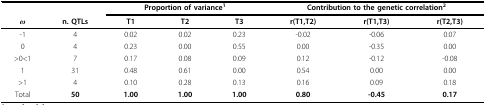
<table><thead><tr><td>[EMPTY_CELL]</td><td>[EMPTY_CELL]</td><td colspan="3"><b>Proportion of variance<sup>1</sup></b></td><td colspan="3"><b>Contribution to the genetic correlation<sup>2</sup></b></td></tr><tr><td><b><i>ω</i></b></td><td><b>n. QTLs</b></td><td><b>T1</b></td><td><b>T2</b></td><td><b>T3</b></td><td><b>r(T1,T2)</b></td><td><b>r(T1,T3)</b></td><td><b>r(T2,T3)</b></td></tr></thead><tbody><tr><td>-1</td><td>4</td><td>0.02</td><td>0.02</td><td>0.23</td><td>-0.02</td><td>-0.06</td><td>0.07</td></tr><tr><td>0</td><td>4</td><td>0.23</td><td>0.00</td><td>0.55</td><td>0.00</td><td>-0.35</td><td>0.00</td></tr><tr><td>&gt;0&lt;1</td><td>7</td><td>0.17</td><td>0.08</td><td>0.09</td><td>0.12</td><td>-0.12</td><td>-0.08</td></tr><tr><td>1</td><td>31</td><td>0.48</td><td>0.61</td><td>0.00</td><td>0.54</td><td>0.00</td><td>0.00</td></tr><tr><td>&gt;1</td><td>4</td><td>0.10</td><td>0.28</td><td>0.13</td><td>0.16</td><td>0.09</td><td>0.18</td></tr><tr><td>Total</td><td><b>50</b></td><td><b>1.00</b></td><td><b>1.00</b></td><td><b>1.00</b></td><td><b>0.80</b></td><td><b>-0.45</b></td><td><b>0.17</b></td></tr></tbody></table>